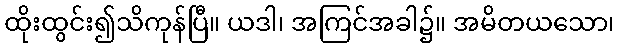
ထိုးထွင်း၍သိကုန်ပြီ။ ယဒါ၊ အကြင်အခါ၌။ အမိတယသော၊